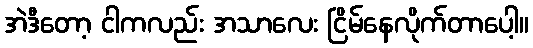
အဲဒီတော့ ငါကလည်း အသာလေး ငြိမ်နေလိုက်တာပေါ့။